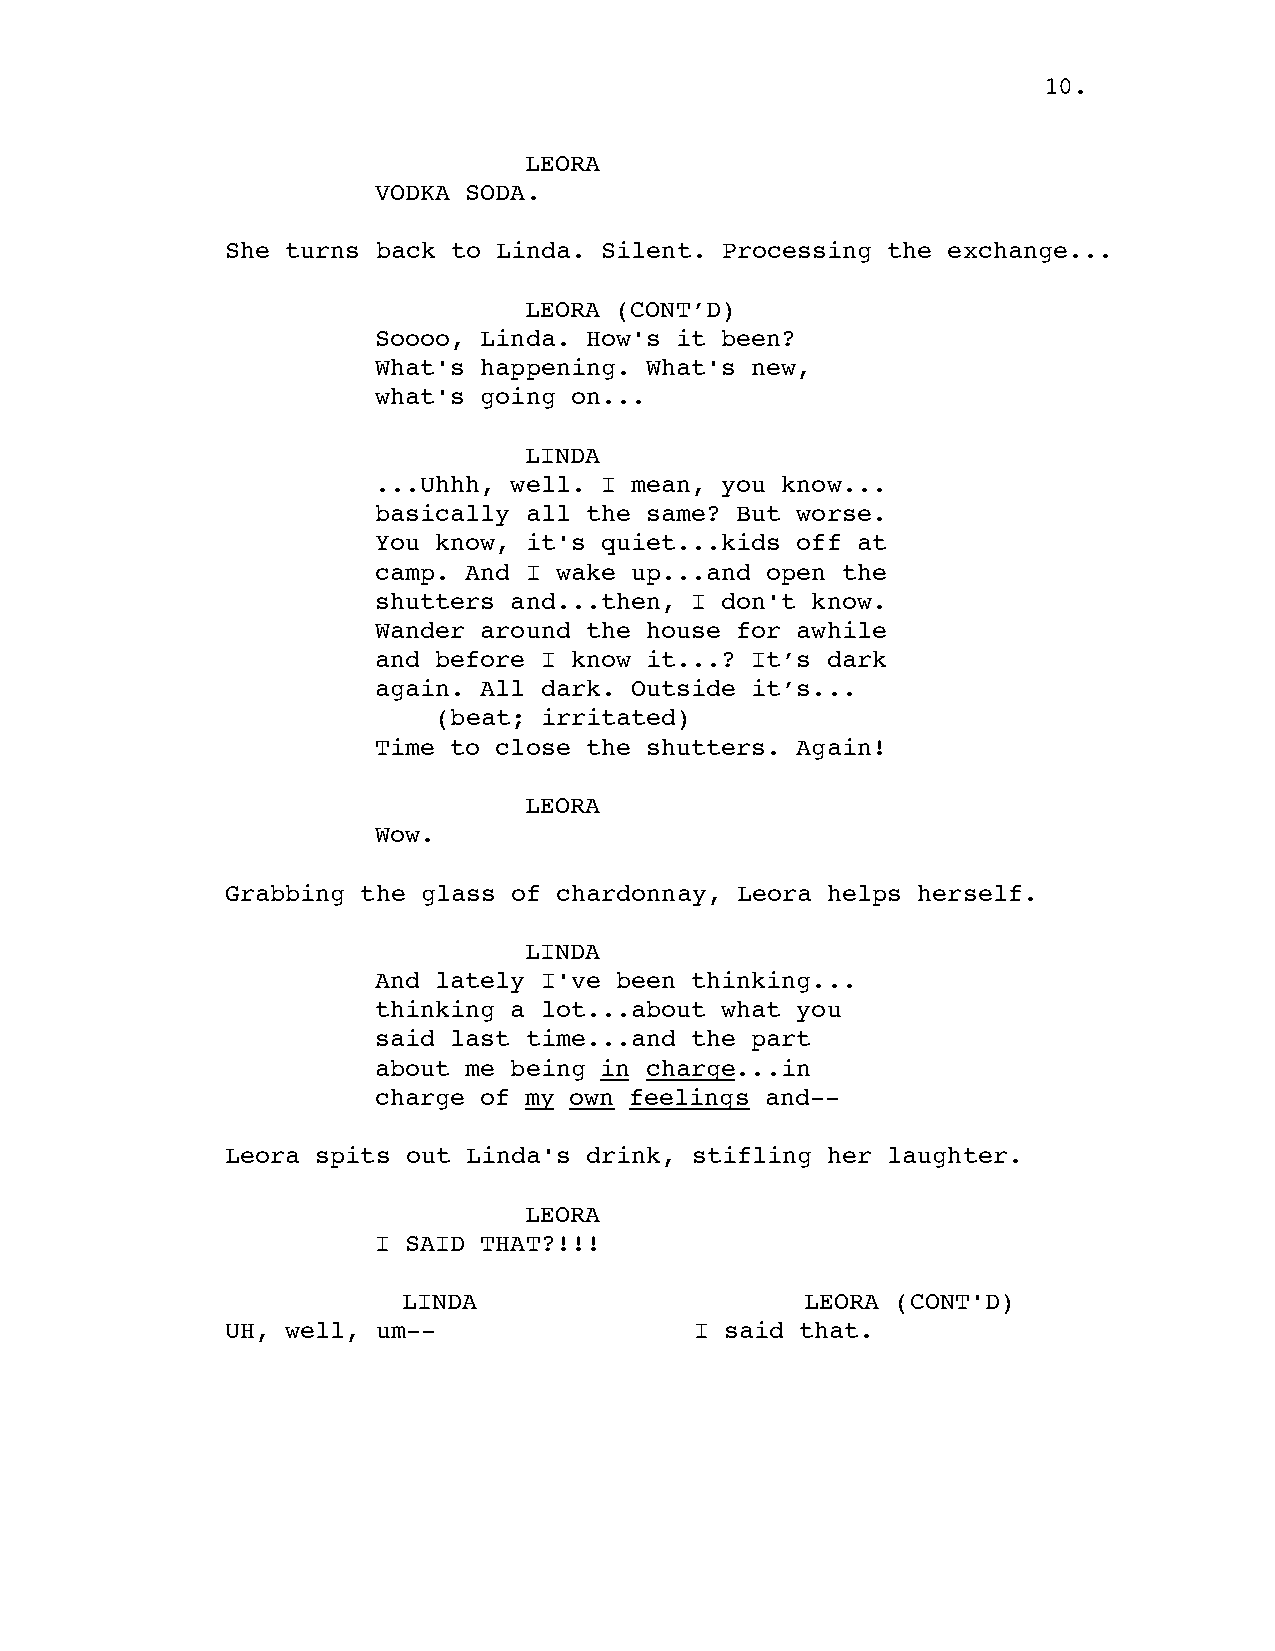
10.
 LEORA
 VODKA SODA.
 She turns back to Linda. Silent. Processing the exchange...
 LEORA (CONT’D)
 Soooo, Linda. How's it been?
 What's happening. What's new,
 what's going on...
 LINDA
 ...Uhhh, well. I mean, you know...
 basically all the same? But worse.
 You know, it's quiet...kids off at
 camp. And I wake up...and open the
 shutters and...then, I don't know.
 Wander around the house for awhile
 and before I know it...? It’s dark
 again. All dark. Outside it’s...
 (beat; irritated)
 Time to close the shutters. Again!
 LEORA
 Wow.
 Grabbing the glass of chardonnay, Leora helps herself.
 LINDA
 And lately I've been thinking...
 thinking a lot...about what you
 said last time...and the part
 about me being in charge...in
 charge of my own feelings and--
 Leora spits out Linda's drink, stifling her laughter.
 LEORA
 I SAID THAT?!!!
 LINDA                     LEORA (CONT'D)
 UH, well, um--                 I said that.